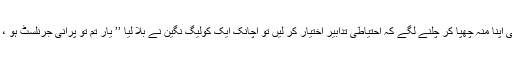
دفتر آ کے دو تین لوگوں کو ماسک کے بغیر دیکھا تو خود ہی اپنا منہ چھپا کر چلنے لگے کہ احتیاطی تدابیر اختیار کر لیں تو اچانک ایک کولیگ نگین نے بلا لیا ’’ یار تم تو پرانی جرنلسٹ ہو ، یہ تو بتائو کہ اس وائرس کے ساتھ ہمیں کب تک جینا ہوگا ؟